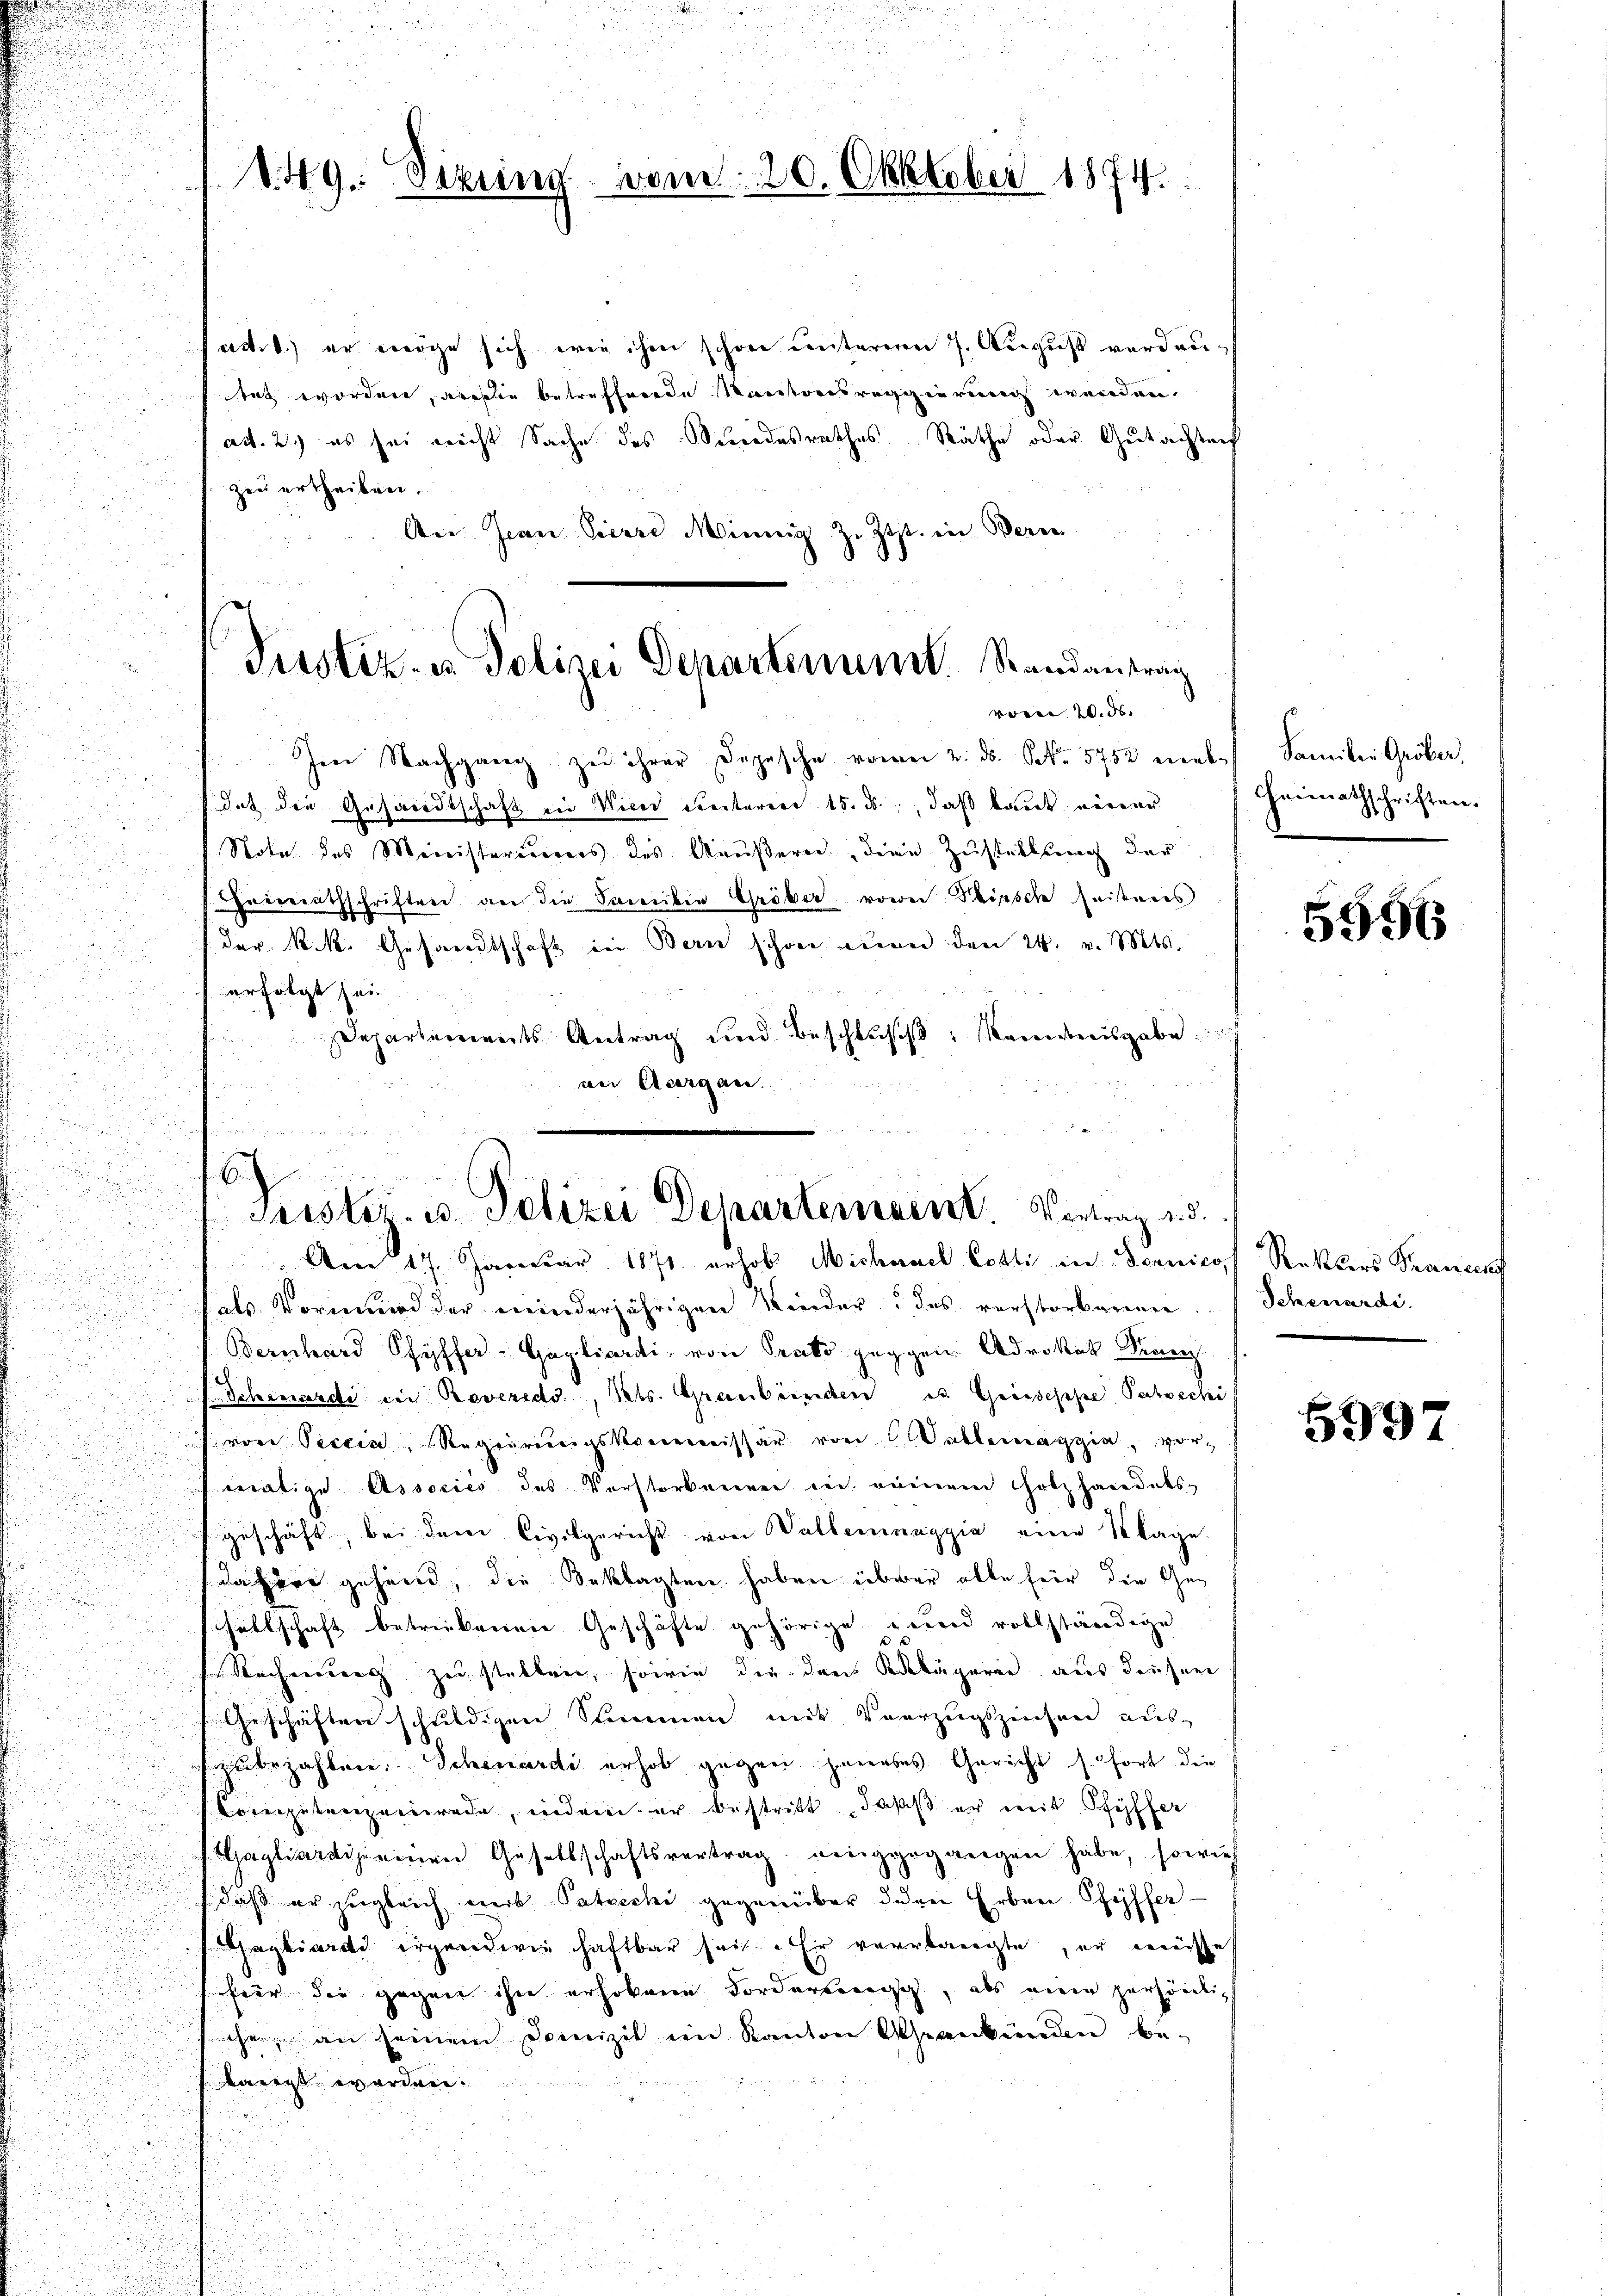
d

d. 9. Sekung vom 20. Oktober 1874.

cect. 1.) er vorge sich wie ihm schöne Centareren 7. August vordreitat wordere, arche betreffende Kantonsregg in reich werden
ad. 2.) es sei nicht Sache des Sendesrathes Räthe oder Gutachteif
] zu ertheilen.
Air Jean Pierre Minia z. Zt. in Berne
u
u
Ihrer Nachgang zu ihrer Depesche vom 2. ds. S. 5752 mal Familie Gröber,
d
dat die Gesandtschaft in Vicei Reiteren 15. ds., daß laut einer Heimathschriften.
i
Notar das Ministereuerers des Ameisteres, denn Zustellung der

u
Heimathschriften an die Samilie Gröber vorei Tische Geisteres

d
" der k.k. Gesandtschaft in Bern schon eine den 24. v. Mts.
2

 erfolgt sein
u

Departements Antrag und Beschluss, Kammesgabe

.
ver Übergan

d

.

.

u
fals Vormund der meinderjährigen Wieder das verstorbarenen

i
Bernhard Schiffer-Garliardi, von Prato gegen Advokat Tran
Schenardi in Reveredo, Kts. Graubünden es. Grösseppe Sachschi
i
u

von Tessin, Regierungskommissär von Valmaggia, ver¬
 und aus
u
mnatige Associés des Verstorbener sich reinem Holzhandels-
d

geschäft, bei dem Civilgericht von Walternaggia eine Klage.

daher gehend, die Beklagten haben über alle für die An¬

sellschaft betriebenen Geschäfte gehörige wird vollständige

u
u
5
Rechneerung zu stellen, sowie die der Klägeren aus densere
Geschäften schuldigen Stimmen mit Vorzugszeichen aus-

zubezahlen Scheuerde erhob gegen herbes Gericht s. fort die
Coreputierzeinrede, indem er bestritt, daß er mit Pfyffer
aatiardseinen Gesellschaftsvertrag, weniggegangen habe, sowie
daß er vergleich wert Satreche gegenüber den Erben Pfeifferantiard irgendwie hattbar sich ihr verlangte, er bereise
heer die gegen ihn erhobene Forderbereich, als eine persönlic
schen an seinem Domizil im Kanton Graubünden beawert worder¬

da an d
Justiz- u. Polizei Departement. Randantrag
voren W. d.

6
1 Seester. u. Polizei Schusteressent. Vertrag d. d.
 Am 17. Januar 1871 erhob Michael Cotti in Sennicof Rakkers Transens

5556

Schenardi.

5997